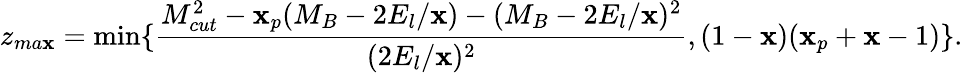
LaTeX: z_{ma\mathbf{x}}=\operatorname*{min}\{ \frac{{M_{cut}^{2}-\mathbf{x}_{p}(M_{B}-2E_{l}/\mathbf{x})-(M_{B}-2E_{l}/\mathbf{x})^{2}}}{{(2E_{l}/\mathbf{x})^{2}}},(1-\mathbf{x})(\mathbf{x}_{p}+\mathbf{x}-1)\} .